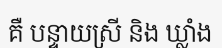
គឺ បន្ទាយស្រី និង ឃ្លាំង